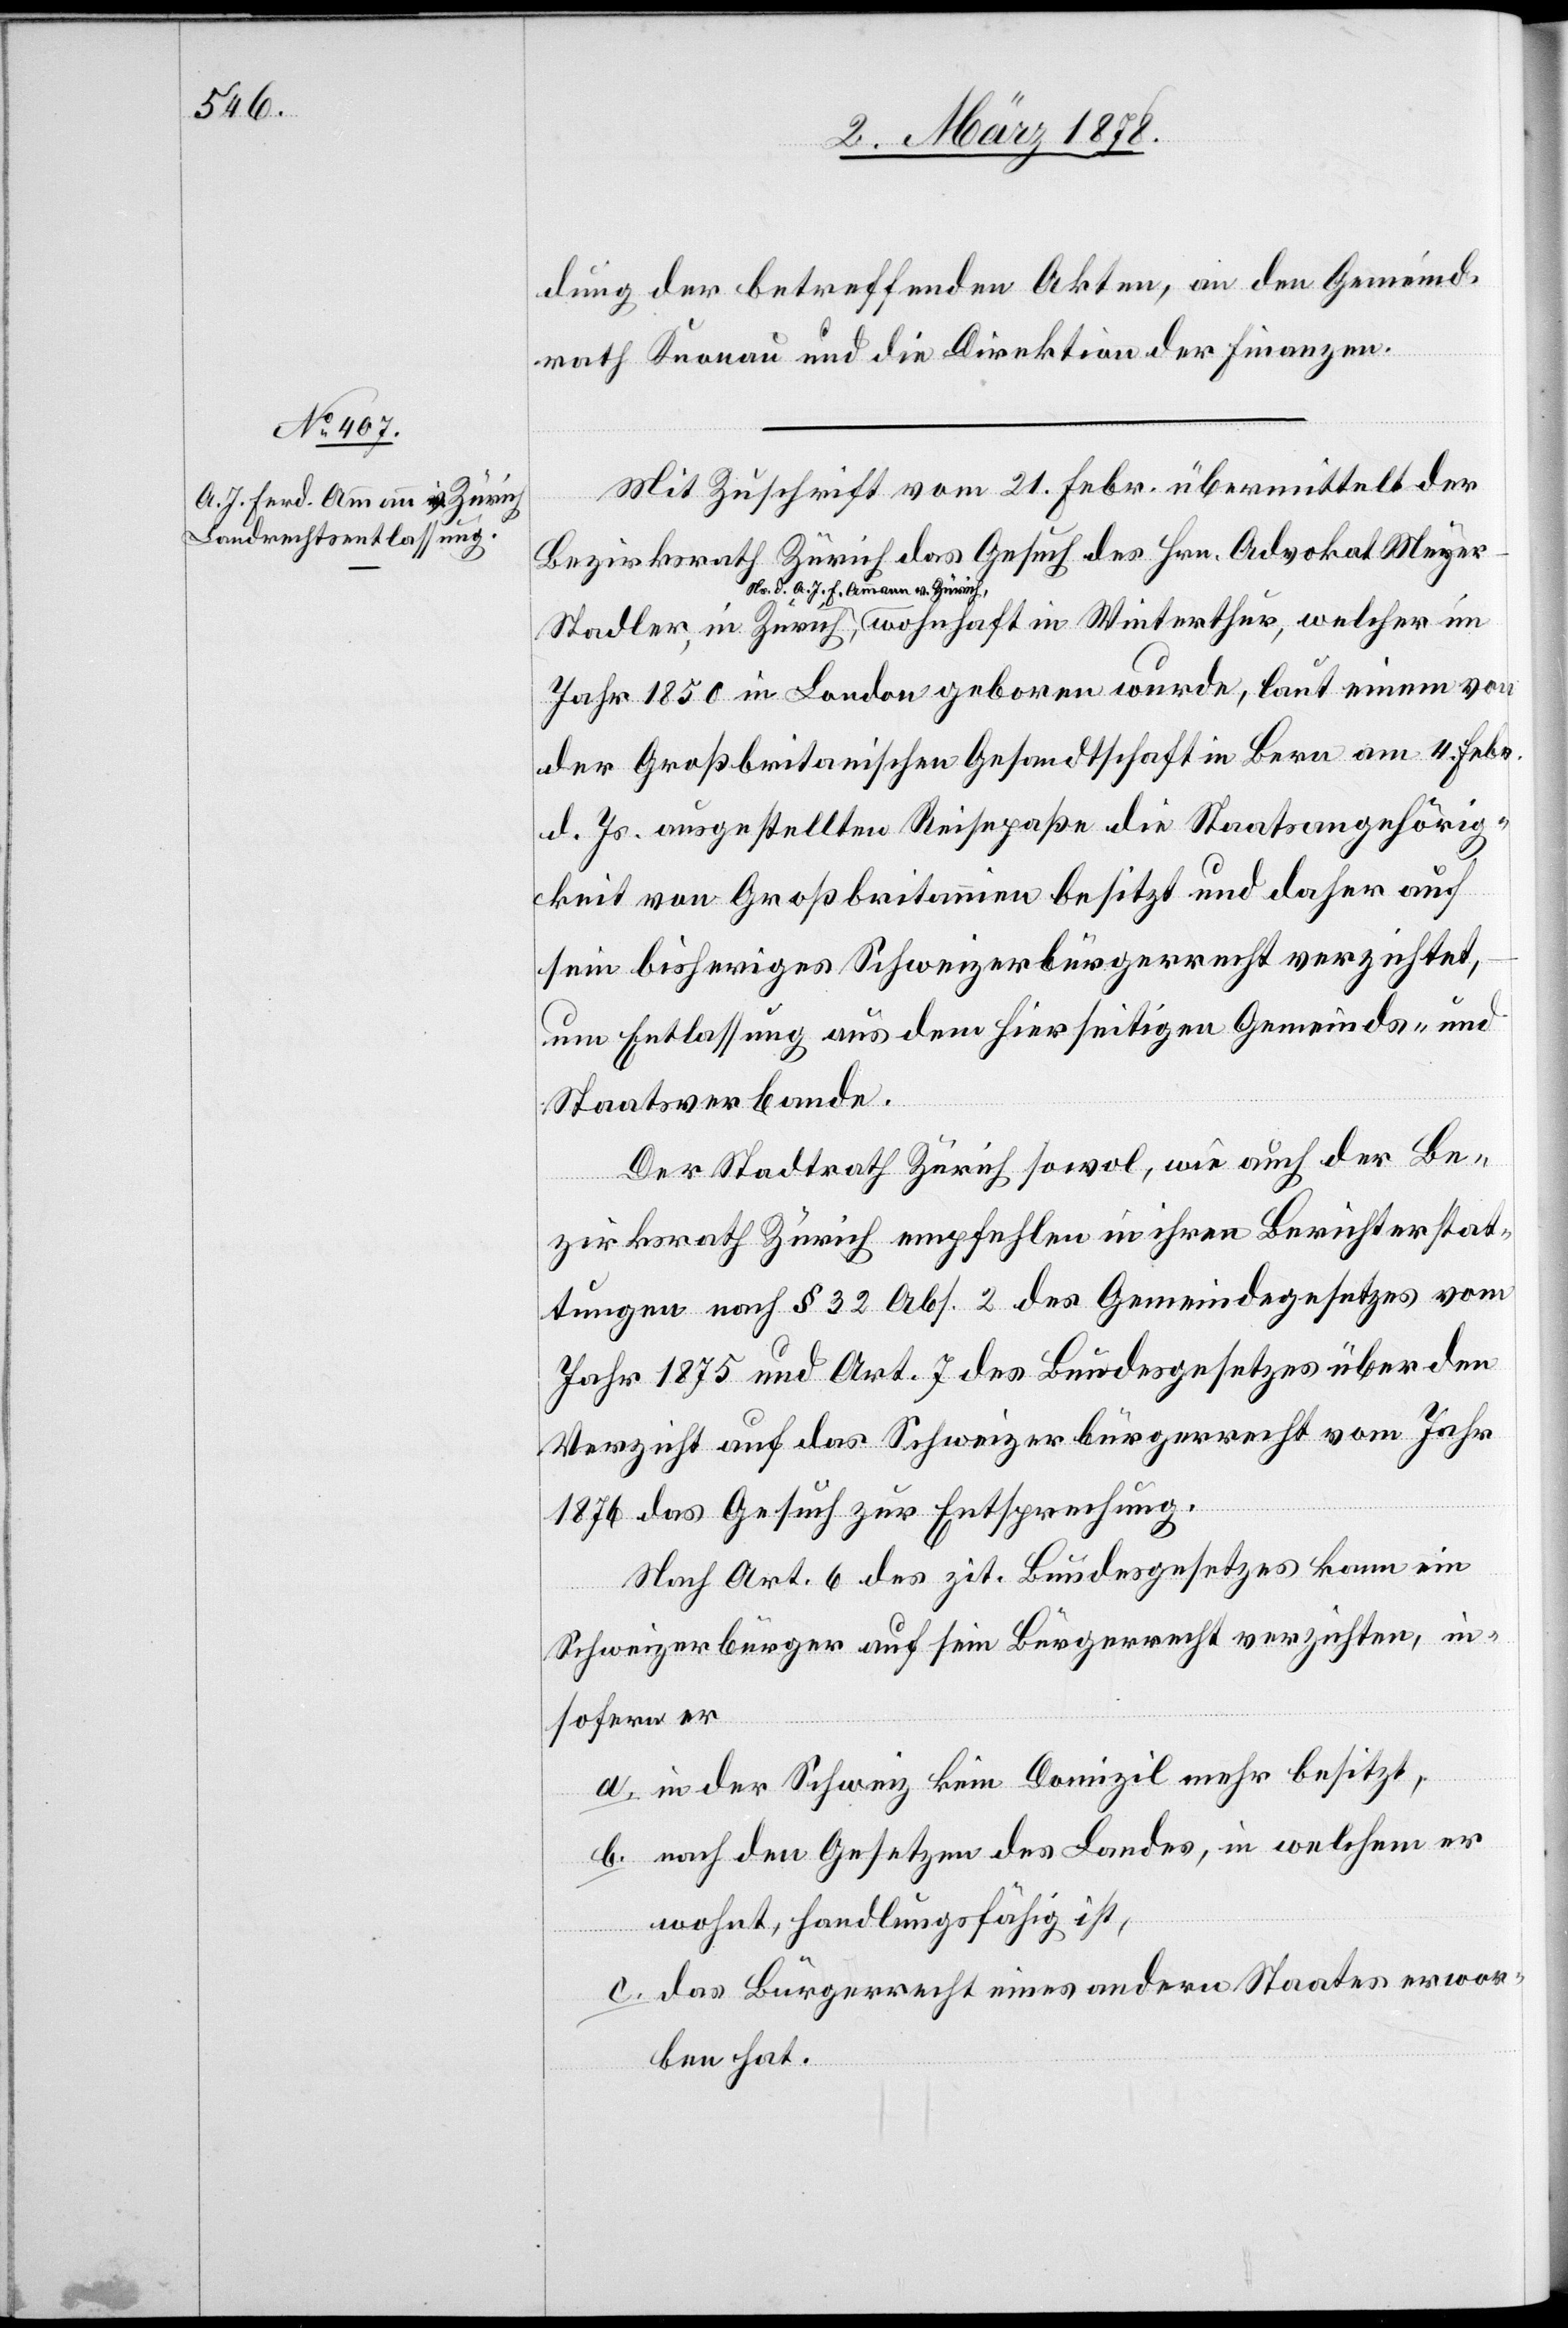
dung der betreffenden Akten, an den Gemeind¬
welcher
rath Knonau und die Direktion der Finanzen.
Mit Zuschrift vom 21. Febr. übrmittelt der
Bezirksrath Zürich das Gesuch des Hrn. Advokat Meye¬
Ns. d. A. J. F. Ammann v. Zürich,
Jahr 1850 in London geboren wurde, laut einem von
der Großbritanischen Gesandtschaft in Bern am 4. Febr.
d. Js. ausgestellten Reisepaße die Staatsangehörig¬
keit von Großbritannien besitzt und daher auf
sein bisheriges Schweizerbürgerrecht verzichtet,
um Entlassung aus dem hierseitigen Gemeinds- und
Staatsverbande.
Der Stadtrath Zürich sowol, wie auch der Be¬
zirksrath Zürich empfehlen in ihren Berichterstat¬
tungen nach § 32 Abs. 2 des Gemeindegesetzes vom
Jahr 1875 und Art. 7 des Bundesgesetzes über den
Verzicht auf das Schweizerbürgerrecht vom Jahr
1874 das Gesuch zur Entsprechung.
Nach Art. 6 des zit. Bundesgesetzes kann ein
Schweizerbürger auf sein Bürgerrecht verzichten, in¬
sofern er
a. in der Schweiz kein Domizil mehr besitzt,
b. nach den Gesetzen des Landes, in welchem er
wohnt, handlungsfähig ist,
c. das Bürgerrecht eines andern Staates erwor¬
ben hat.